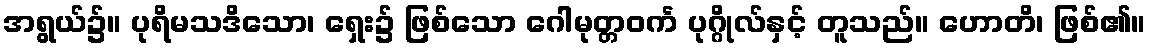
အရွယ်၌။ ပုရိမသဒိသော၊ ရှေး၌ ဖြစ်သော ဂေါမုတ္တဝင်္က ပုဂ္ဂိုလ်နှင့် တူသည်။ ဟောတိ၊ ဖြစ်၏။